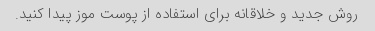
روش جدید و خلاقانه برای استفاده از پوست موز پیدا کنید.